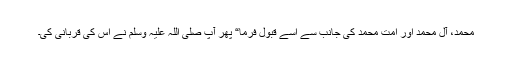
محمد، آل محمد اور امت محمد کی جانب سے اسے قبول فرما“ پھر آپ صلی اللہ علیہ وسلم نے اس کی قربانی کی۔